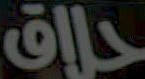
حلاق